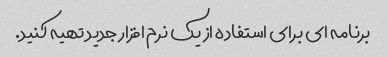
برنامه ای برای استفاده از یک نرم افزار جدید تهیه کنید.